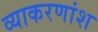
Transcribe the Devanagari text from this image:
व्याकरणांश